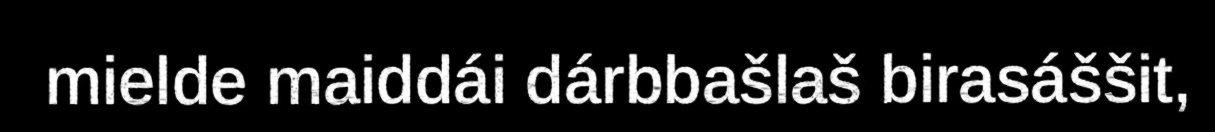
mielde maiddái dárbbašlaš birasáššit,